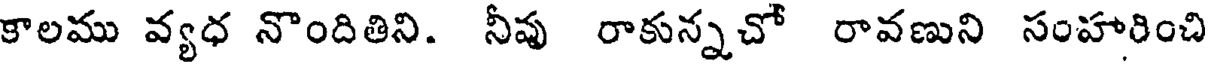
కాలము వ్యధ నొందితిని. నీవు రాకున్నచో రావణుని సంహారించి